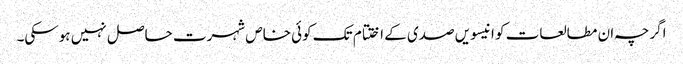
اگرچہ ان مطالعات کو انیسویں صدی کے اختتام تک کوئی خاص شہرت حاصل نہیں ہوسکی۔